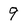
Character: 9